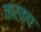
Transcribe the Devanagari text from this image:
वारकप